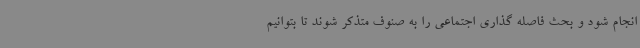
انجام شود و بحث فاصله گذاری اجتماعی را به صنوف متذکر شوند تا بتوانیم